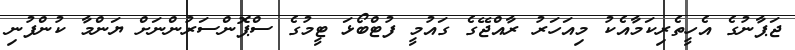
ޖަޕާނުގެ އެހީތެރިކަމާއެކު މިއަހަރު ރާއްޖޭގެ ގައުމީ ފުޓްބޯޅަ ޓީމުގެ ސްޕޮންސަރުންނަށް ޔަންމާ ކުންފުނި